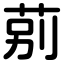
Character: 莂